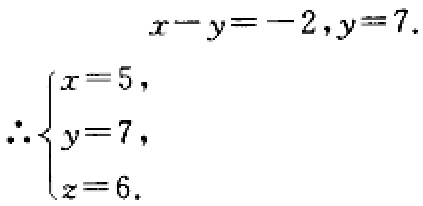
\[
\begin{align*}
x - y&=-2,y = 7.\\
\therefore\begin{cases}
x = 5,\\
y = 7,\\
z = 6.
\end{cases}
\end{align*}
\]